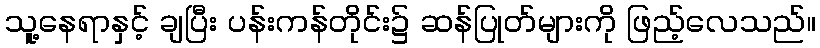
သူ့နေရာနှင့် ချပြီး ပန်းကန်တိုင်း၌ ဆန်ပြုတ်များကို ဖြည့်လေသည်။